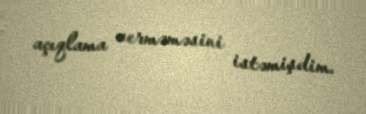
açıqlama verməməsini istəmişdim.